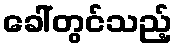
ခေါ်တွင်သည့်